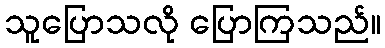
သူပြောသလို ပြောကြသည်။